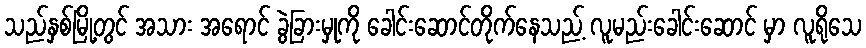
သည်နှစ်မြို့တွင် အသား အရောင် ခွဲခြားမှုကို ခေါင်းဆောင်တိုက်နေသည့် လူမည်းခေါင်းဆောင် မှာ လူရိုသေ